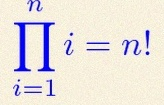
\prod_{i=1}^{n}i=n!